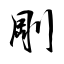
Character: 剛